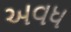
અવધ